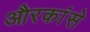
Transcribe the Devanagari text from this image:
औरकांसे